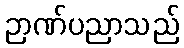
ဉာဏ်ပညာသည်